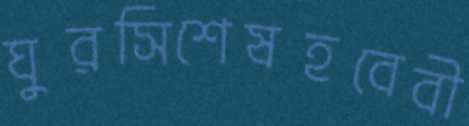
ঘুরসিশেষহবেবী